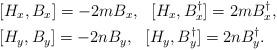
LaTeX: \begin{align*}& [H_x,B_x] = -2mB_x,\ \ [H_x,B_x^\dagger] =2mB_x^\dagger,\\& [H_y,B_y] = -2nB_y,\ \ [H_y,B_y^\dagger] =2nB_y^\dagger.\end{align*}